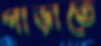
পাড়াতে